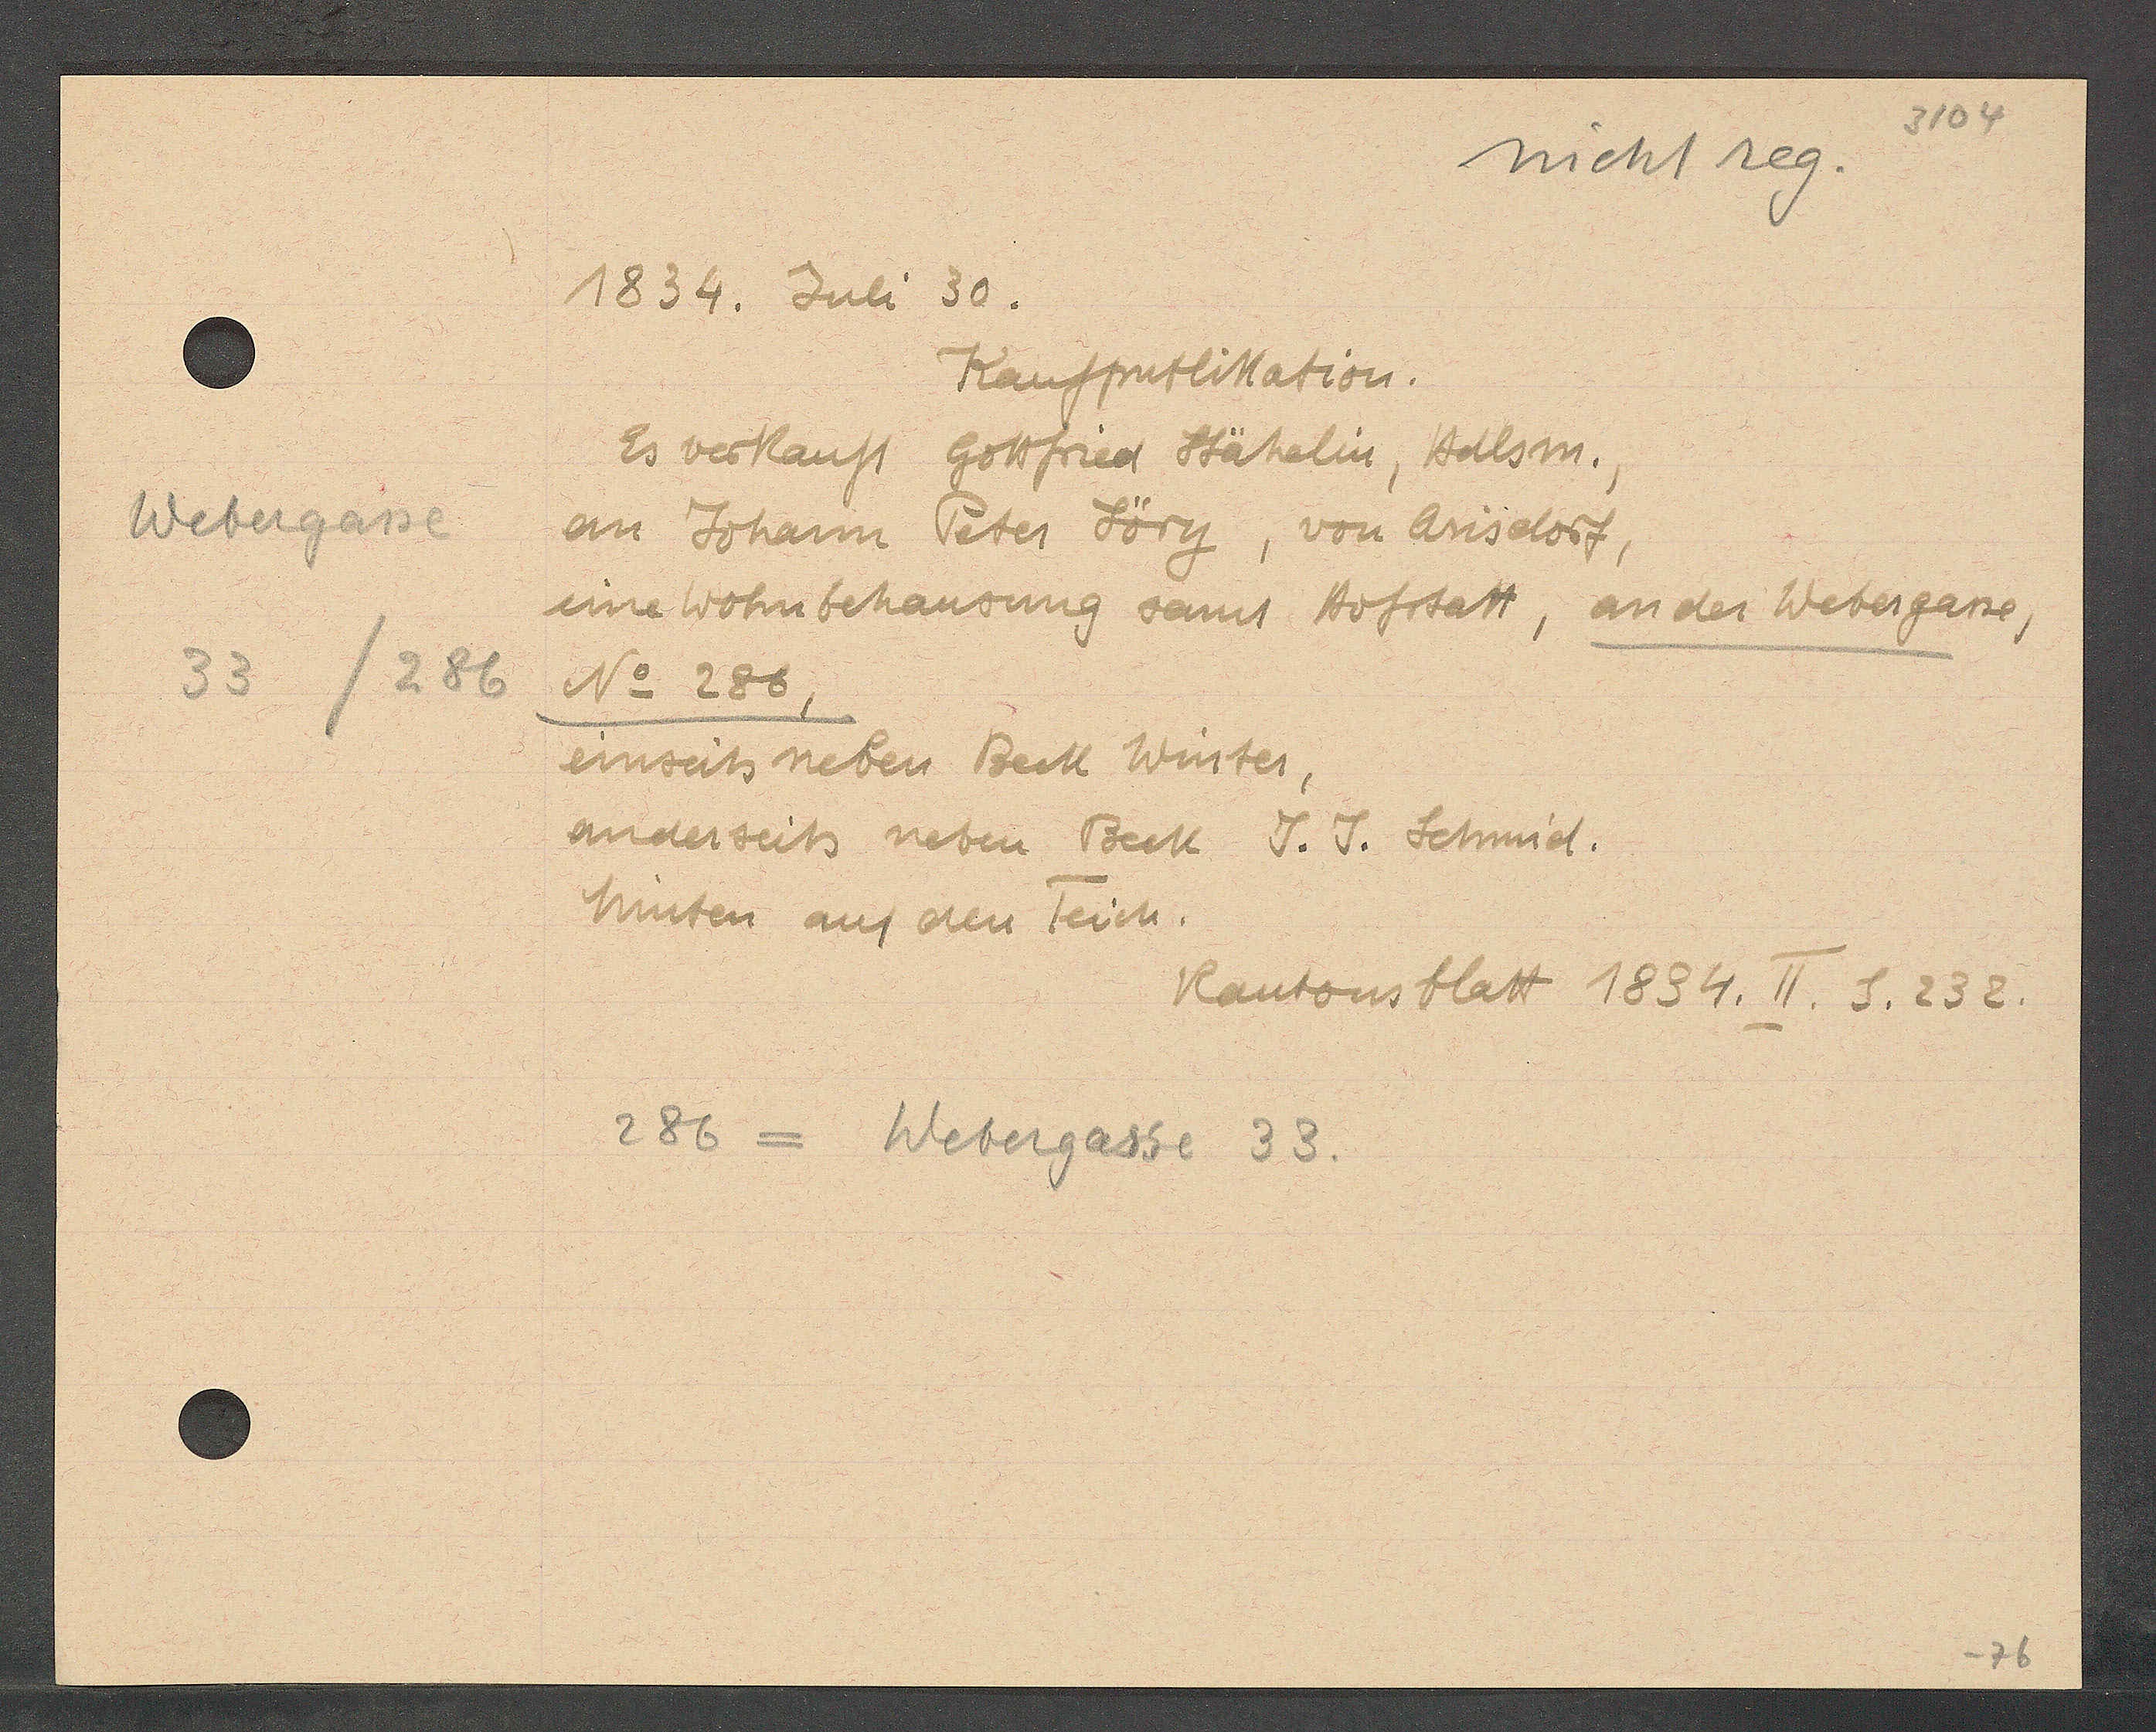
Transcript:
Webergasse
/286
33

1834. Juli 30.

Kaufpublikation.
Es verkauft Gottfried Stähelin, Halsm.,
an Johann Peter Jörg, von Arisdorf,
eine Wohnbehausung sannt Hofstatt, an der Webergasse,
No. 286,
einseits neben Beck Winter,
anderseits neben Beck J. J. Schmid.
hinten auf den Teich.

286 = Webergasse 33.

Kantonsblatt 1834. II. S. 232.